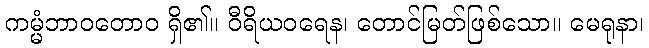
ကမ္မံဘာဝတောဝ ရှိ၏။ ဝီရိယဝရေန၊ တောင်မြတ်ဖြစ်သော။ မေရုနာ၊